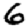
Digit: 6